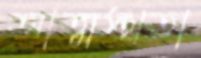
আত্মস্থতা